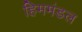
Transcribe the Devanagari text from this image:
हिममंडल